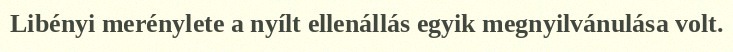
Libényi merénylete a nyílt ellenállás egyik megnyilvánulása volt.